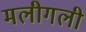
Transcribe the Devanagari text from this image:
मलीगली